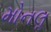
મોનલૢ